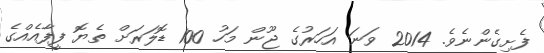
ފެށިގެންނެވެ. 2014 ވަނަ އަހަރުގެ ޖޫން މަހު 100 ޑޮލަރަށް ތެޔޮ ފީފާއެއްގެ